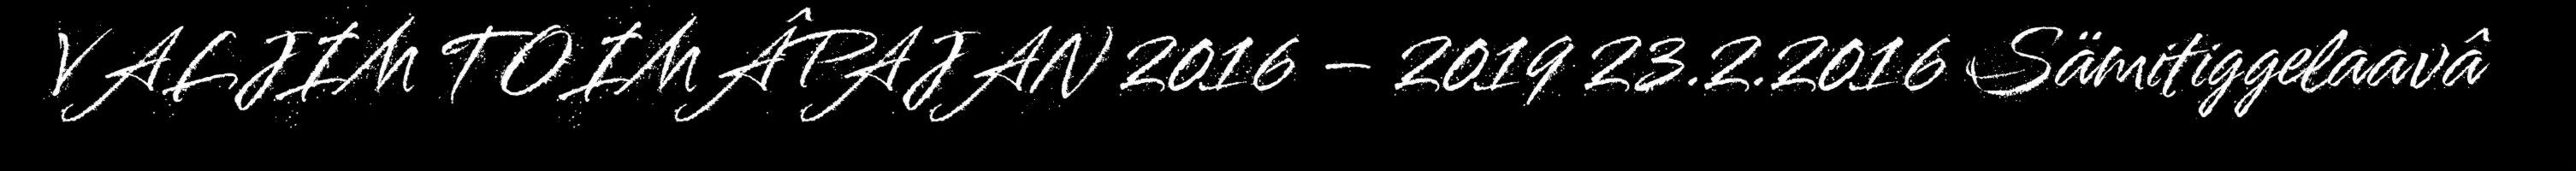
VALJIM TOIMÂPAJAN 2016 – 2019 23.2.2016 Sämitiggelaavâ